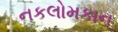
નકલોમકાન